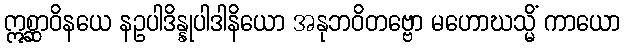
ဣစ္ဆာဝိနယေ နဥပါဒိန္နုပါဒါနိယော အနုဘဝိတဗ္ဗော မဟောဃသ္မိံ ကာယော